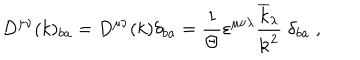
LaTeX: D ^ { \mu \nu } ( k ) _ { b a } = D ^ { \mu \nu } ( k ) \delta _ { b a } = \frac { 1 } { \Theta } \varepsilon ^ { \mu \nu \lambda } \frac { \overline { { { k } } } _ { \lambda } } { { \bf k } ^ { 2 } } \; \delta _ { b a } \; ,